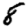
Digit: 8